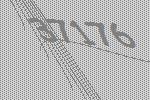
37176